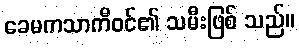
ခေမကသာကီဝင်၏ သမီးဖြစ် သည်။